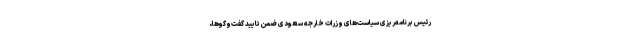
رئیس برنامه‌ریزی سیاست‌های وزرات خارجه سعودی ضمن تایید گفت‌وگوها،